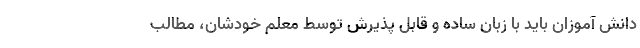
دانش آموزان باید با زبان ساده و قابل پذیرش توسط معلم خودشان، مطالب